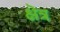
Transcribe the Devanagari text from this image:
क्षॆत्र